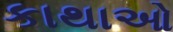
કાથાઓ